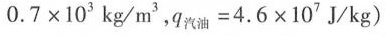
0 . 7 \times 1 0 3 $$k g / m ^ { 3 }，$$q _ { 汽 油 } = 4 . 6 \times 1 0 ^ { 7 } $$J / k g )